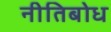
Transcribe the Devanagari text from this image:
नीतिबोध